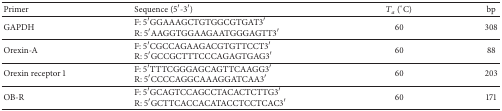
| Primer | Sequence (5′-3′) | Ta (°C) | bp |
 | --- | --- | --- | --- |
 | GAPDH | F: 5′GGAAAGCTGTGGCGTGAT3′ R: 5′AAGGTGGAAGAATGGGAGTT3′ | 60 | 308 |
 | Orexin-A | F: 5′CGCCAGAAGACGTGTTCCT3′ R: 5′GCCGCTTTCCCAGAGTGAG3′ | 60 | 88 |
 | Orexin receptor 1 | F: 5′TTTCGGGAGCAGTTCAAGG3′ R: 5′CCCCAGGCAAAGGATCAA3′ | 60 | 203 |
 | OB-R | F: 5′GCAGTCCAGCCTACACTCTTG3′ R: 5′GCTTCACCACATACCTCCTCAC3′ | 60 | 171 |